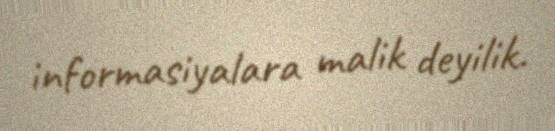
informasiyalara malik deyilik.